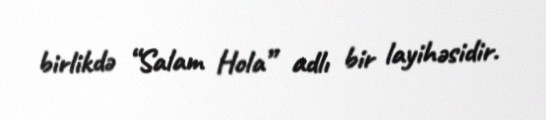
birlikdə “Salam Hola” adlı bir layihəsidir.